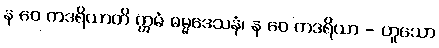
န ဝေ ကဒရိယာတိ ဣမံ ဓမ္မဒေသနံ၊ န ဝေ ကဒရိယာ - ဟူသော